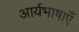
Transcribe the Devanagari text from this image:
आर्यभाषाएँ